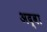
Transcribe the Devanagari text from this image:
अद्वा